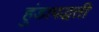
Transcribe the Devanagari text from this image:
हुंडापद्धती